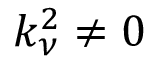
k _ { \nu } ^ { 2 } \neq 0